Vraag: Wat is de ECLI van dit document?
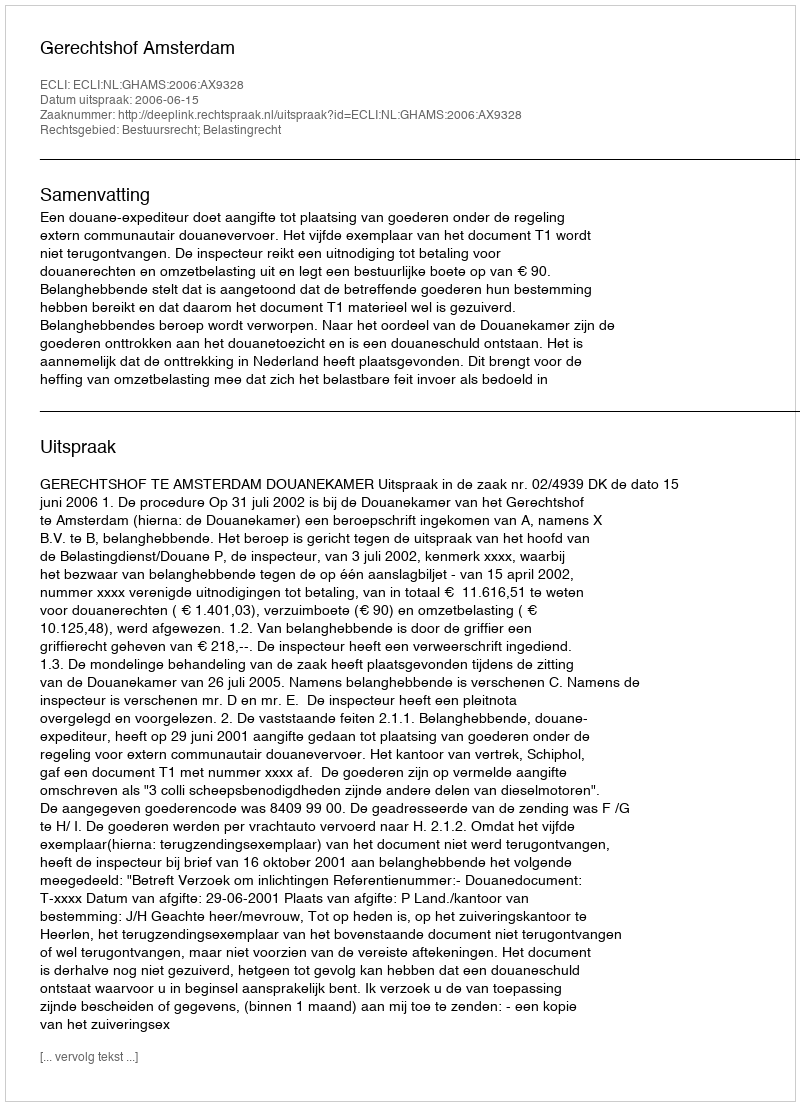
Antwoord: ECLI:NL:GHAMS:2006:AX9328